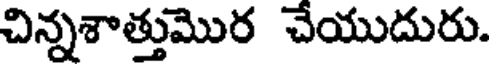
చిన్నశాత్తుమొర చేయుదురు.